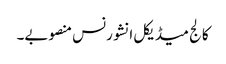
کالج میڈیکل انشورنس منصوبے۔